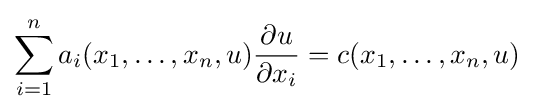
\sum _{i=1}^{n}a_{i}(x_{1},\dots ,x_{n},u){\frac {\partial u}{\partial x_{i}}}=c(x_{1},\dots ,x_{n},u)